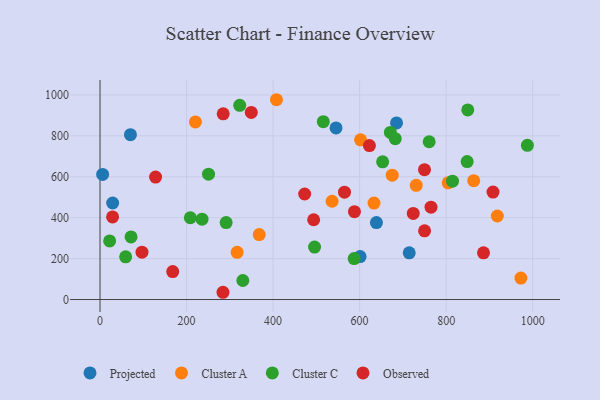
{"axis": {"x": "Price", "y": "Profit"}, "legend": ["Cluster A", "Cluster C", "Observed", "Projected"], "data": [{"x": "6.0", "y": 611.4, "type": "Projected"}, {"x": "29.2", "y": 471.7, "type": "Projected"}, {"x": "601.1", "y": 209.7, "type": "Projected"}, {"x": "70.3", "y": 805.8, "type": "Projected"}, {"x": "714.7", "y": 228.3, "type": "Projected"}, {"x": "545.5", "y": 839.0, "type": "Projected"}, {"x": "685.4", "y": 863.1, "type": "Projected"}, {"x": "638.9", "y": 376.2, "type": "Projected"}, {"x": "407.8", "y": 976.6, "type": "Cluster A"}, {"x": "972.8", "y": 105.0, "type": "Cluster A"}, {"x": "317.0", "y": 230.9, "type": "Cluster A"}, {"x": "863.8", "y": 580.8, "type": "Cluster A"}, {"x": "804.8", "y": 570.2, "type": "Cluster A"}, {"x": "368.0", "y": 317.4, "type": "Cluster A"}, {"x": "536.4", "y": 480.4, "type": "Cluster A"}, {"x": "675.4", "y": 607.8, "type": "Cluster A"}, {"x": "220.5", "y": 867.9, "type": "Cluster A"}, {"x": "918.4", "y": 408.3, "type": "Cluster A"}, {"x": "633.3", "y": 471.2, "type": "Cluster A"}, {"x": "730.9", "y": 558.2, "type": "Cluster A"}, {"x": "602.2", "y": 780.8, "type": "Cluster A"}, {"x": "671.1", "y": 816.7, "type": "Cluster C"}, {"x": "682.4", "y": 786.4, "type": "Cluster C"}, {"x": "760.8", "y": 771.3, "type": "Cluster C"}, {"x": "250.8", "y": 612.8, "type": "Cluster C"}, {"x": "71.7", "y": 305.9, "type": "Cluster C"}, {"x": "848.6", "y": 674.2, "type": "Cluster C"}, {"x": "814.7", "y": 578.5, "type": "Cluster C"}, {"x": "516.1", "y": 869.5, "type": "Cluster C"}, {"x": "653.2", "y": 673.1, "type": "Cluster C"}, {"x": "495.9", "y": 256.4, "type": "Cluster C"}, {"x": "291.5", "y": 376.1, "type": "Cluster C"}, {"x": "208.7", "y": 399.6, "type": "Cluster C"}, {"x": "22.2", "y": 286.3, "type": "Cluster C"}, {"x": "59.2", "y": 208.8, "type": "Cluster C"}, {"x": "330.1", "y": 92.9, "type": "Cluster C"}, {"x": "235.8", "y": 392.6, "type": "Cluster C"}, {"x": "322.9", "y": 949.4, "type": "Cluster C"}, {"x": "987.8", "y": 753.5, "type": "Cluster C"}, {"x": "850.0", "y": 926.6, "type": "Cluster C"}, {"x": "587.4", "y": 200.0, "type": "Cluster C"}, {"x": "168.0", "y": 136.8, "type": "Observed"}, {"x": "886.4", "y": 228.3, "type": "Observed"}, {"x": "724.0", "y": 420.8, "type": "Observed"}, {"x": "128.4", "y": 598.7, "type": "Observed"}, {"x": "473.0", "y": 515.7, "type": "Observed"}, {"x": "765.1", "y": 451.6, "type": "Observed"}, {"x": "284.2", "y": 35.4, "type": "Observed"}, {"x": "622.7", "y": 752.7, "type": "Observed"}, {"x": "349.6", "y": 914.7, "type": "Observed"}, {"x": "588.1", "y": 429.2, "type": "Observed"}, {"x": "97.0", "y": 231.3, "type": "Observed"}, {"x": "493.8", "y": 389.9, "type": "Observed"}, {"x": "750.0", "y": 634.9, "type": "Observed"}, {"x": "565.1", "y": 524.8, "type": "Observed"}, {"x": "908.4", "y": 525.2, "type": "Observed"}, {"x": "750.2", "y": 335.6, "type": "Observed"}, {"x": "284.7", "y": 907.6, "type": "Observed"}, {"x": "29.0", "y": 403.6, "type": "Observed"}]}